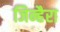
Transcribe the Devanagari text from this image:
जिन्हैरा